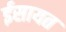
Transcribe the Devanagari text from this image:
ईसायत